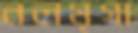
নলমৃগা